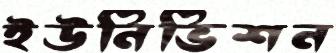
ইউনিভিশন